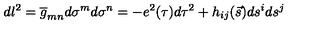
d l ^ { 2 } = \overline { g } _ { m n } d \sigma ^ { m } d \sigma ^ { n } = - e ^ { 2 } ( \tau ) d \tau ^ { 2 } + h _ { i j } ( \vec { s } ) d s ^ { i } d s ^ { j }